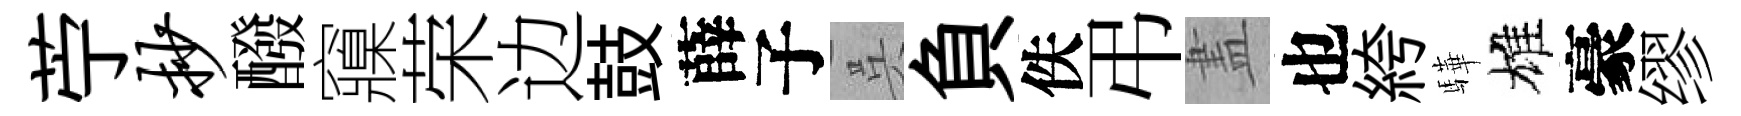
苧抄醱䆿荣边鼓薛子呉負佚弔𥁞也絝驊雄豪缪